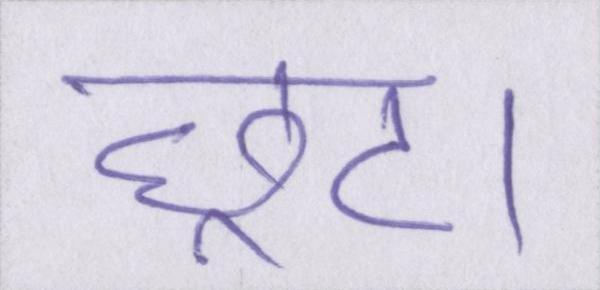
छूट।